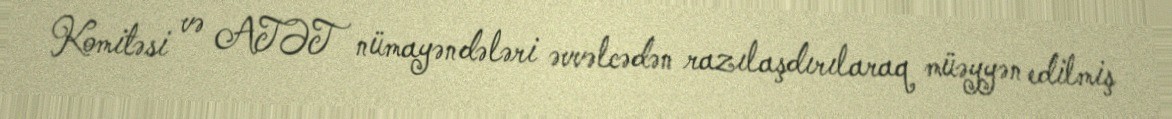
Komitəsi və ATƏT nümayəndələri əvvəlcədən razılaşdırılaraq müəyyən edilmiş